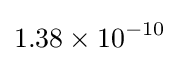
1.38\times 10^{-10}